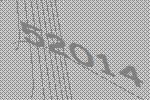
52014